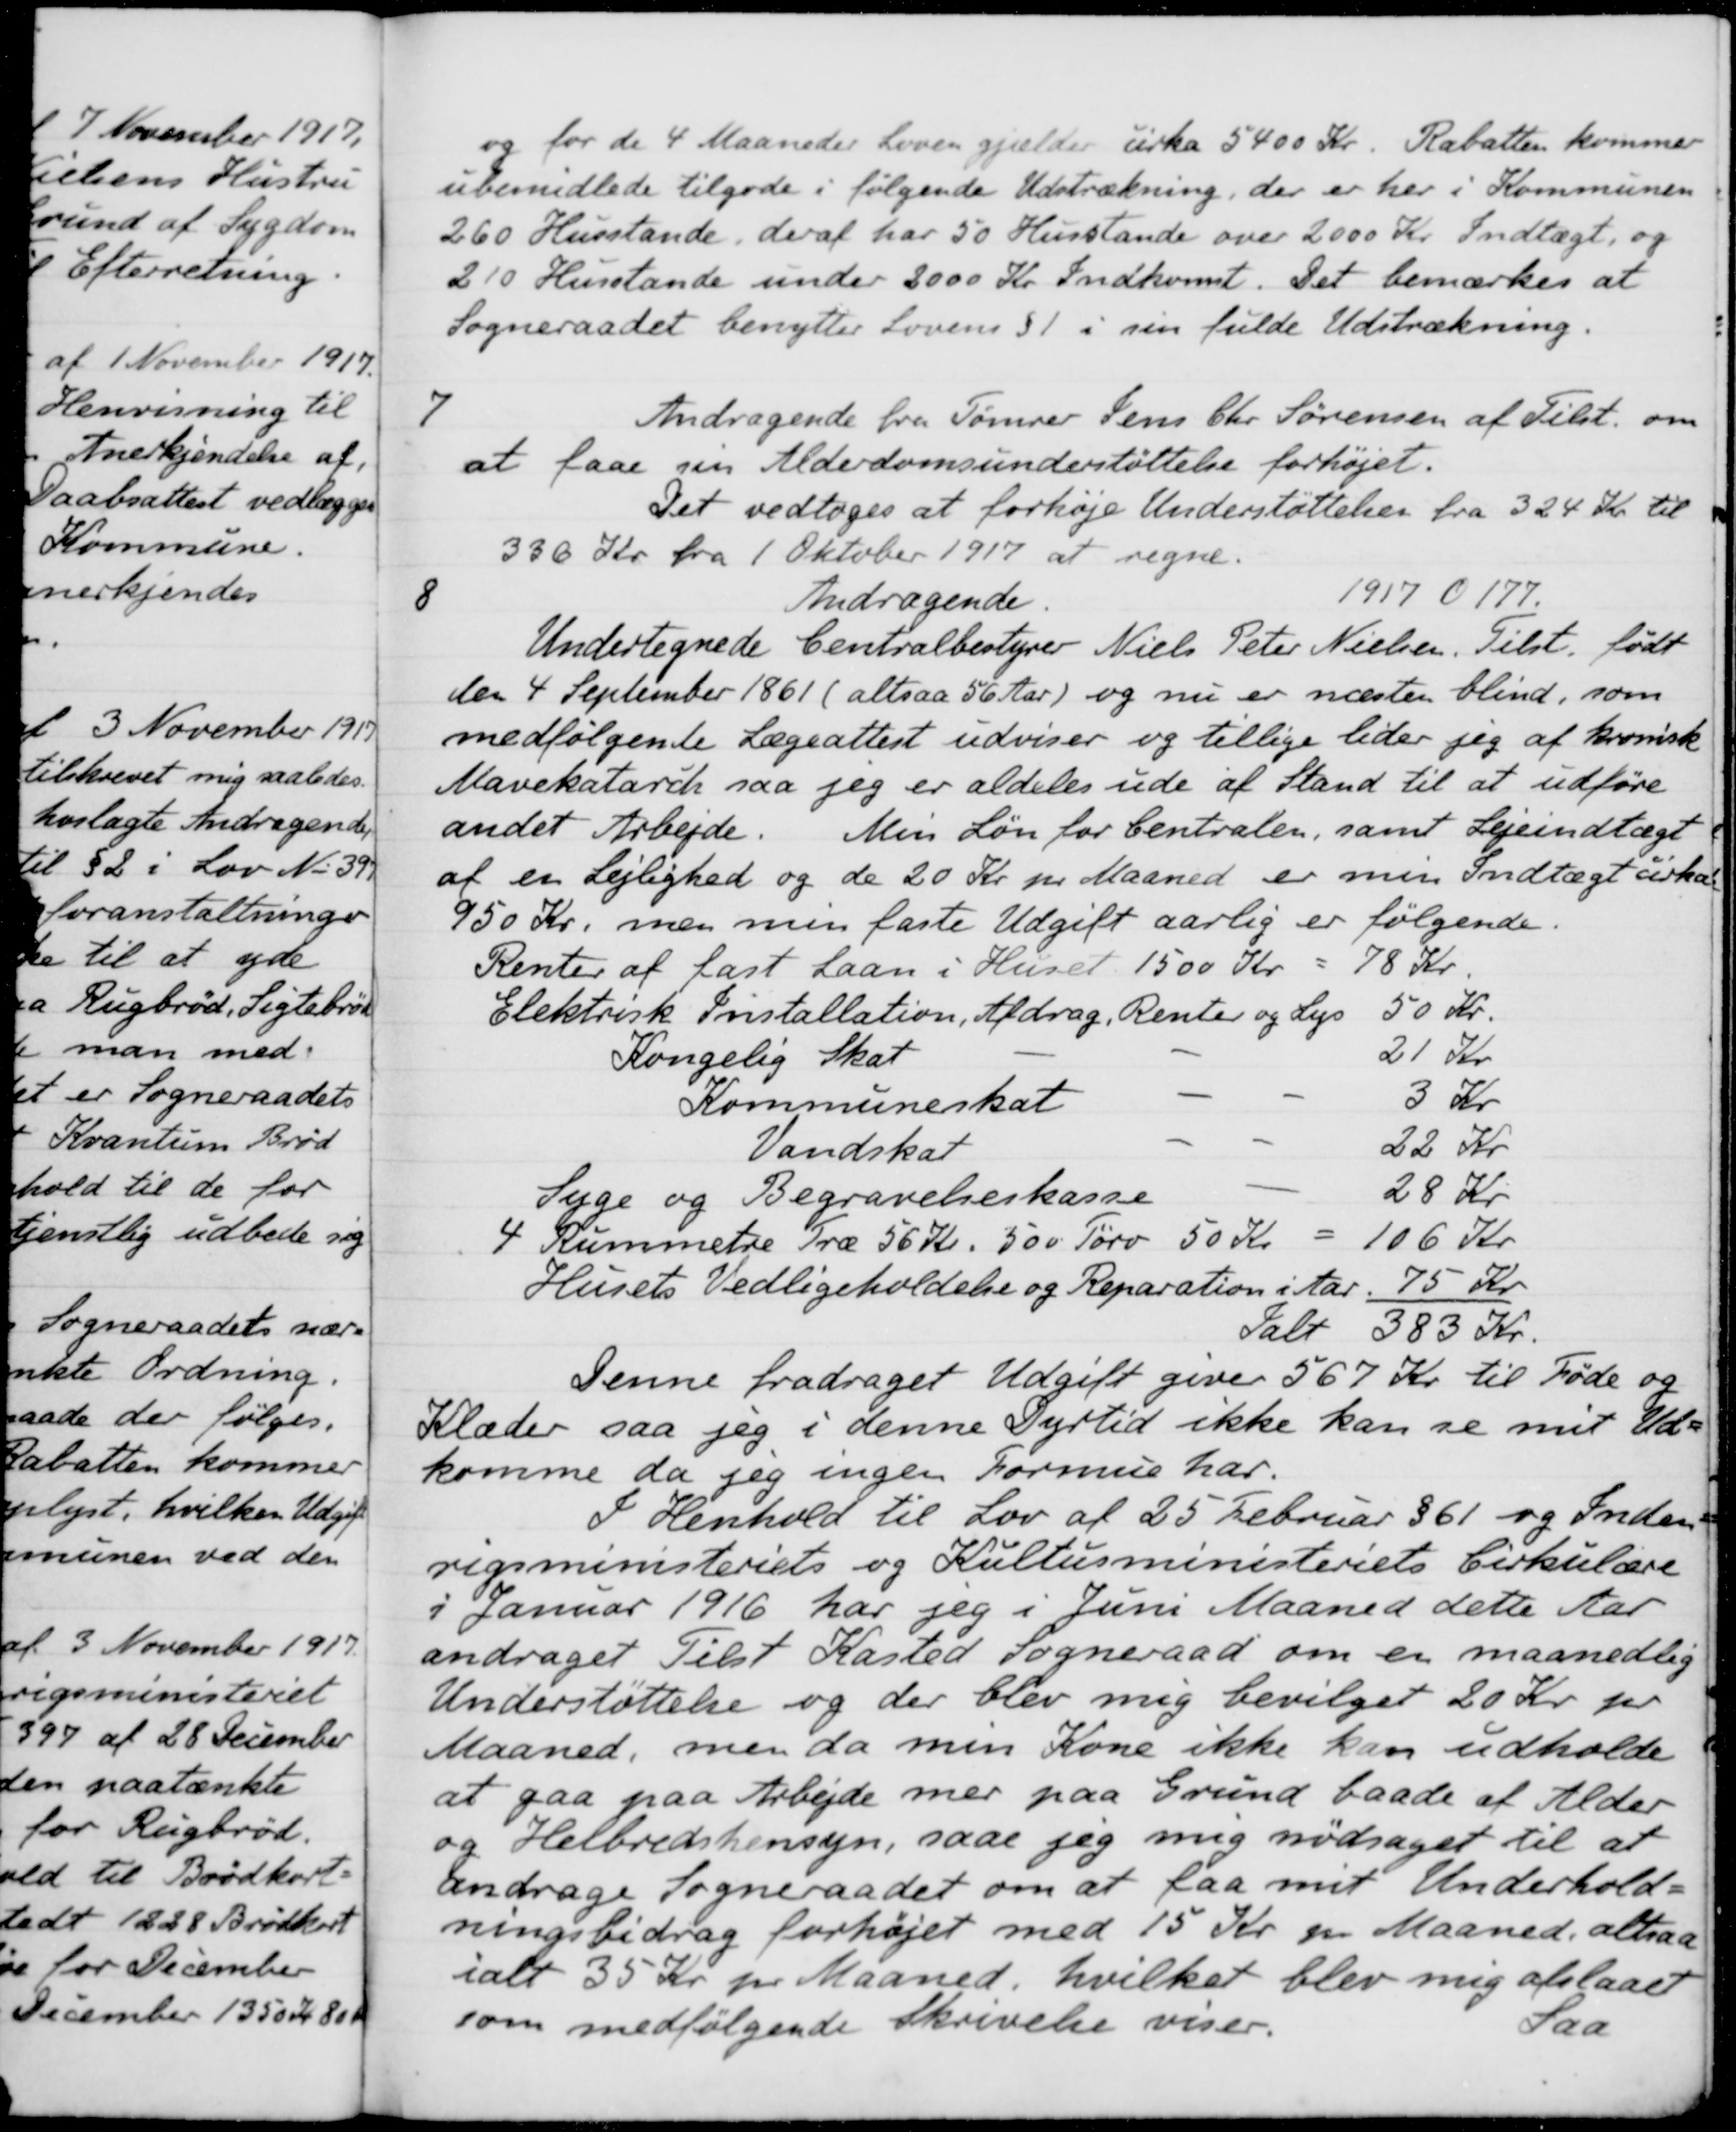
Transskription:
for de 4 Maaneder Loven gjælder cirka 5400 Kr. Rabatten kommer
ubemidlede tilgode i følgende Udstrækning, der er her i Kommunen
260 Husstande, deraf har 50 Husstande over 2000 Kr. Indtægt, og
210 Husstande under 2000 Kr. Indkomst. Det bemærkes at
Sogneraadet benytter Lovens § 1 i sin fulde Udstrækning.
7
Andragende fra Tømrer Jens Chr. Sørensen af Tilst. om
at faae sin Alderdomsunderstøttelse forhøjet.
Det vedtoges at forhøje Understøttelsen fra 324 Kr. til
330 Kr. fra 1 Oktober 1917 at regne.
8
Andragende
1917 O 177
Undertegnede Centralbestyrer Niels Peter Nielsen. Tilst. født
den 4 September 1861 (altsaa 56 Aar) og nu er næsten blind, som
medfølgende Lægeattest udviser og tillige lider jeg af kronisk
Mavekatarck saa jeg er aldeles ude af Stand til at udføre
andet Arbejde. Min Løn for Centralen, samt Lejeindtægt
af en Lejlighed og de 20 Kr pr Maaned er min Indtægt cirka
950 Kr, men men faste Udgift aarlig er følgende.
Renter af fast Laan i Huset. 1500 Kr
78 Kr.
50 Kr.
Elektrisk Installation, Afdrag. Renter og Lys
Kongelig Skat
21 Kr
Kommuneskat
3 Kr
Vandskat
22 Kr
Syge og Begravelseskasse
28 Kr.
4 Rummetre Træ 56 Kr. 500 Tørv 50 Kr 
106 Kr
Husets Vedligeholdelse og Reparation i Aar
75 Kr.
Ialt 383 Kr.
Denne fradraget Udgift giver 567 Kr. til Føde og
Klæder saa jeg i denne Dyrtid ikke kan se mit Ud-
komme da jeg ingen Formue har.
I Henhold til Lov af 25 Februar § 61 og Inden-
rigsministeriets og Kultusministeriets Cirkulære
i Januar 1916 har jeg i Juni Maaned dette Aar
andraget Tilst Kasted Sogneraad om en maanedlig
Understøttelse og der blev mig bevilget 20 Kr. pr
Maaned, men da min Kone ikke kan udholde
at gaa paa Arbejde mer paa Grund baade af Alder
og Helbredshensyn, saae jeg mig nødsaget til at
andrage Sogneraadet om at faa mit Underhold-
ningsbidrag forhøjet med 15 Kr. pr. Maaned, altsaa
ialt 35 Kr pr Maaned, hvilket blev mig afslaaet
som medfølgende Skrivelse viser.
Saa